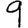
Digit: 9